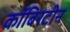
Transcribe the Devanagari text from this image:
कॉबिरटीन